Scottish Certificate of Education, 1963
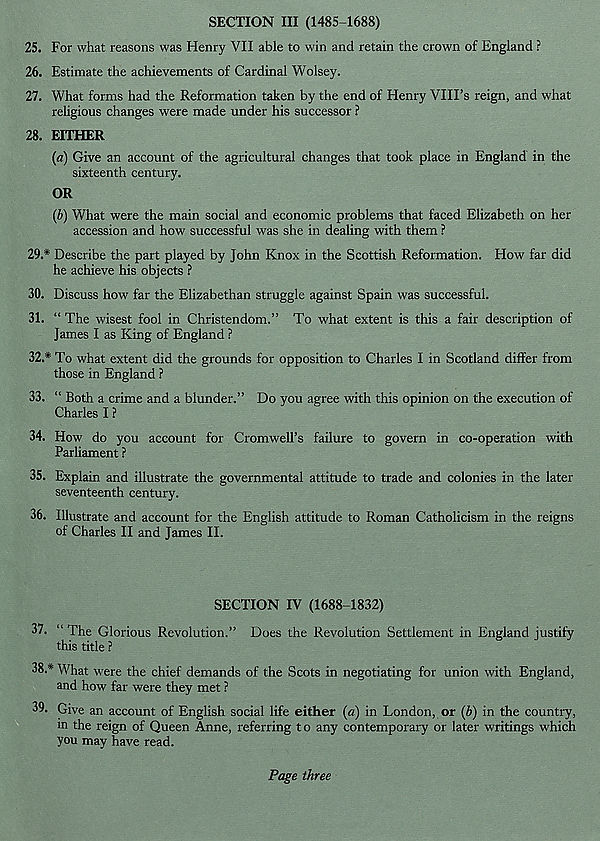
SECTION III (1485-1688)
25. For what reasons was Henry VII able to win and retain the crown of England ?
26. Estimate the achievements of Cardinal Wolsey.
27. What forms had the Reformation taken by the end of Henry VIII’s reign, and what
religious changes were made under his successor ?
28. EITHER
(a) Give an account of the agricultural changes that took place in England in the
sixteenth century.
OR
(b) What were the main social and economic problems that faced Elizabeth on her
accession and how successful was she in dealing with them ?
29.
* Describe the part played by John Knox in the Scottish Reformation. How
he achieve his objects ?
30. Discuss how far the Elizabethan struggle against Spain was successful.
31. “ The wisest fool in Christendom.” To what extent is this a fair description of
James I as King of England ?
32.
* To what extent did the grounds for opposition to Charles I in Scotland d
those in England ?
33. “ Both a crime and a blunder.” Do you agree with this opinion on the execution of
Charles I ?
34. How do you account for Cromwell’s failure to govern in co-operation with
Parliament ?
35. Explain and illustrate the governmental attitude to trade and colonies in the later
seventeenth century.
36. Illustrate and account for the English attitude to Roman Catholicism in the reigns
of Charles II and James II.
SECTION IV (1688-1832)
37. “ The Glorious Revolution.” Does the Revolution Settlement in England justify
this title ?
38.
* What were the chief demands of the Scots in negotiating for union with
and how far were they met ?
39. Give an account of English social life either (a) in London, or (b) in the country,
m the reign of Queen Anne, referring t o any contemporary or later writings which
you may have read.
Page three